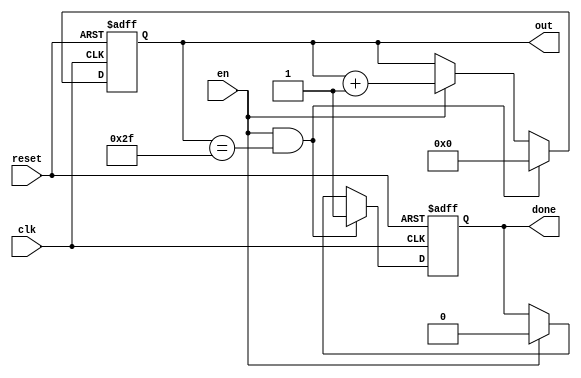
/*
*	Description: Counter of M states which counts to N value.
*/

module modN_counter#(parameter M = 6, parameter N = 47)
(
	input clk,
	input reset,
	input en,
	output reg [M-1:0] out,
	output reg done
);

always@(posedge clk,negedge reset) 
begin 
	if (!reset)
		begin 
			out <= 0;
			done <= 0; 
		end
	else if (en && (out == 47))
		begin 
			out <= 0; 
			done <= 1;
		end
	else if (en)
		begin 
			out <= out + 1;
			done <= 0;
		end
	else 
		begin
			out <= out;
			done <= done;
		end
end

endmodule